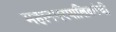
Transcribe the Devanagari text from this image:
महानगरपालिकांची